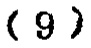
\((9)\)